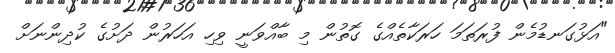
"އަޅުގަނޑުމެން ފުރަތަމަ ހަރަކާތެއްގެ ގޮތުން މި ބާއްވަނީ ވިހި އަހަރުން ދަށުގެ ކުދިންނަށް